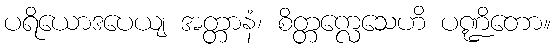
ပရိယောဒပေယျ အတ္တာနံ၊ စိတ္တက္လေသေဟိ ပဏ္ဍိတော။